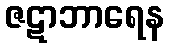
ဇဋာဘာရေန